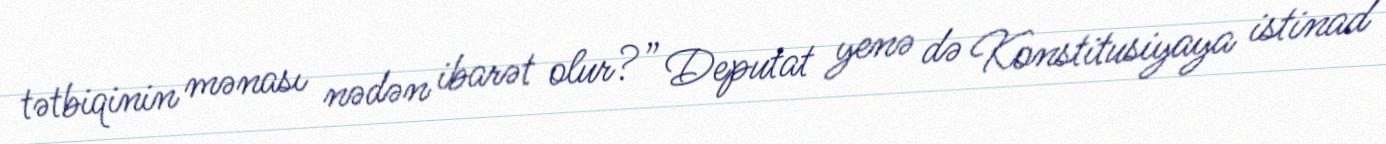
tətbiqinin mənası nədən ibarət olur?” Deputat yenə də Konstitusiyaya istinad